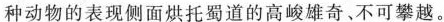
种动物的表现侧面烘托蜀道的高峻雄奇、不可攀越。